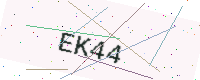
Text: EK44